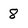
Character: 8